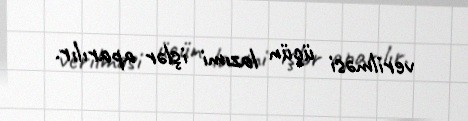
verilməsi üçün lazımi işlər aparılır.